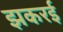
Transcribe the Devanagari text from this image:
झकरई